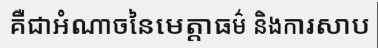
គឺជាអំណាចនៃមេត្តាធម៌ និងការសាប